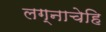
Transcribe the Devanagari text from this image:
लग्नाचेहि